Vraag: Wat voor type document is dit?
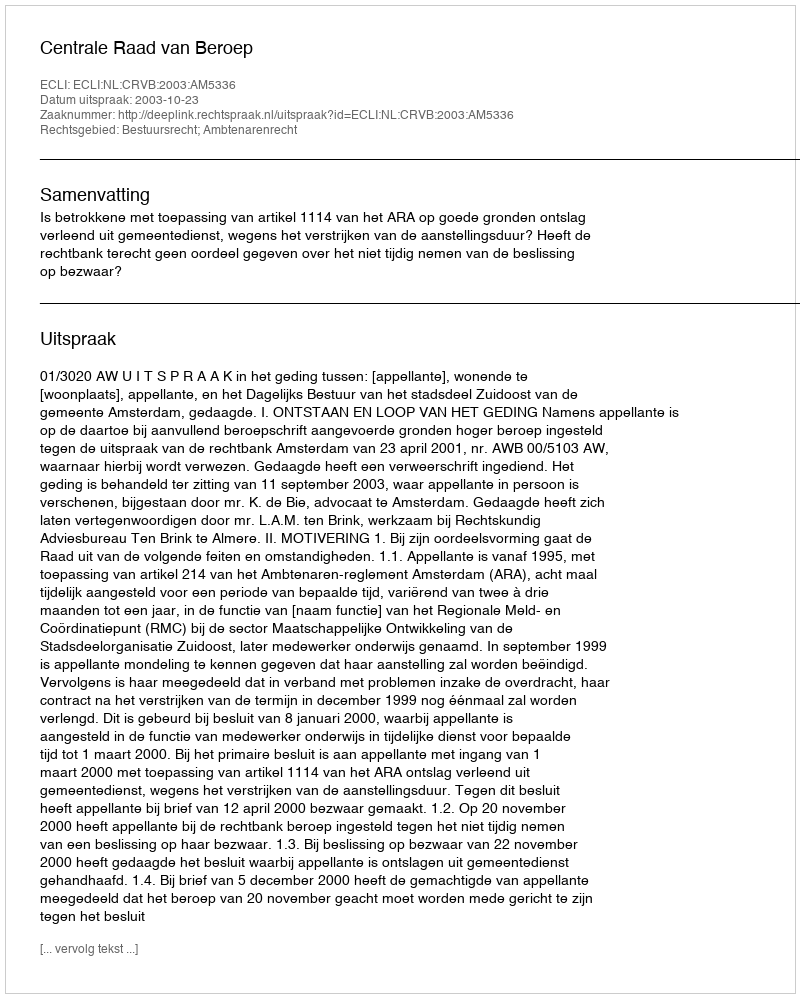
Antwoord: Uitspraak